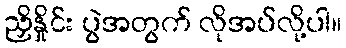
ညှိနှိုင်း ပွဲအတွက် လိုအပ်လို့ပါ။